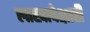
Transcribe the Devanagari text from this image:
लाखापेक्षाही